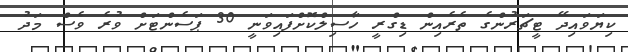
ކިޔަވައިދޭ ޓީޗަރުންގެ ތެރެއިން ޑިގްރީ ހާސިލްކޮށްފައިވަނީ 30 ޕަސެންޓަށް ވުރެ ވެސް މަދު